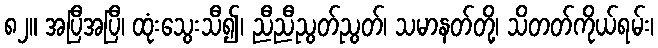
၈၂။ အပြီအပြီ၊ ထုံးသွေးသီ၍၊ ညီညီညွတ်ညွတ်၊ သမာနတ်တို့၊ သိတတ်ကိုယ်ရမ်း၊